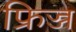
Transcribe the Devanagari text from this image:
फ्रिज्ज